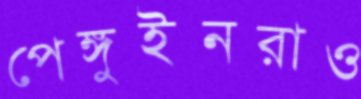
পেঙ্গুইনরাও